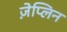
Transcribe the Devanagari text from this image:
ज़ेप्लिन